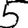
Digit: 5